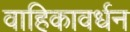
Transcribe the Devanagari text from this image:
वाहिकावर्धन